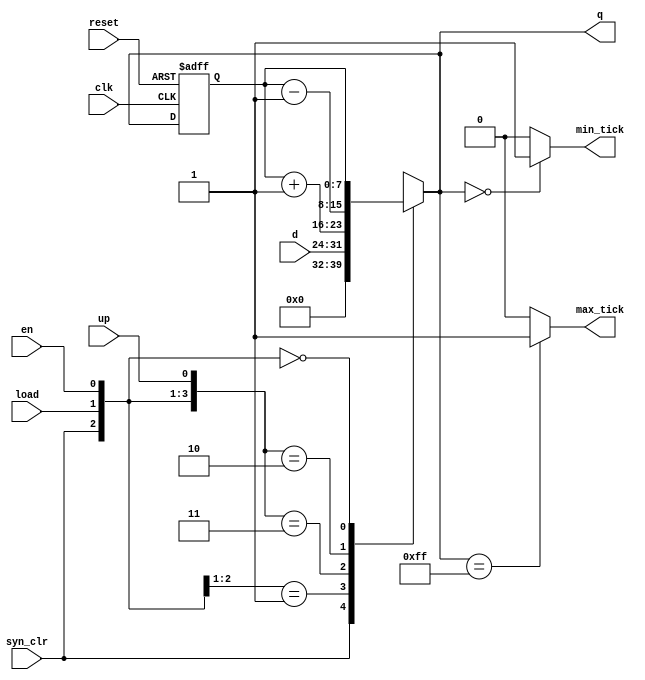
`timescale 1ns / 1ps
//////////////////////////////////////////////////////////////////////////////////
// Company: 
// Engineer: 
// 
// Design Name: 
// Module Name:    universal_bin_counter 
// Project Name: 
// Target Devices: 
// Tool versions: 
// Description: 
//
// Dependencies: 
//
// Revision: 
// Revision 0.01 - File Created
// Additional Comments: 
//
//////////////////////////////////////////////////////////////////////////////////
module universal_bin_counter
#(parameter N=8)
(
    input wire clk,
	 input wire reset,
    input wire en,
    input wire up,
    input wire[N-1:0] d,
    input wire syn_clr,
    input wire load,
    output wire max_tick,
    output wire min_tick,
    output wire[N-1:0] q
    );

	reg [N-1:0] q_reg;
	reg [N-1:0] q_next;
		
	//Memory
	always @(posedge clk, posedge reset)
	begin
		if(reset)
			q_reg <= {N{1'b0}};
		else
			q_reg <= q_next;
	end
	
	//Next state logic
	always @*
	begin
		casez({syn_clr, load, en, up})
			4'b1???:
				q_next = {N{1'b0}};
			4'b01??:
				q_next = d;
			4'b0011:
				q_next = q_reg+1;
			4'b0010:
				q_next = q_reg-1;
			4'b000?:
				q_next = q_reg;
		endcase
	end

	//Output logic
	assign q = q_next;
	assign max_tick = (q == {N{1'b1}}) ? 1'b1 : 1'b0;
	assign min_tick = (q == {N{1'b0}}) ? 1'b1 : 1'b0;
	
endmodule